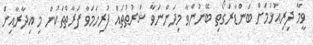
ވީމާ ދިރިއުޅުމަށް ބަންޑާރަގޯތި ބޭނުންވާ މިދަންނަވާ ޝަރުޠުތައް ފުރިހަމަވާ ފަރާތްތަކުން މި އިދާރާއިން